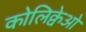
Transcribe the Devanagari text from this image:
कोलिक्वेओ